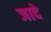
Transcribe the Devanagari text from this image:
जादे